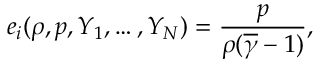
e _ { i } ( \rho , p , Y _ { 1 } , \ldots , Y _ { N } ) = \frac { p } { \rho ( \overline { { \gamma } } - 1 ) } ,